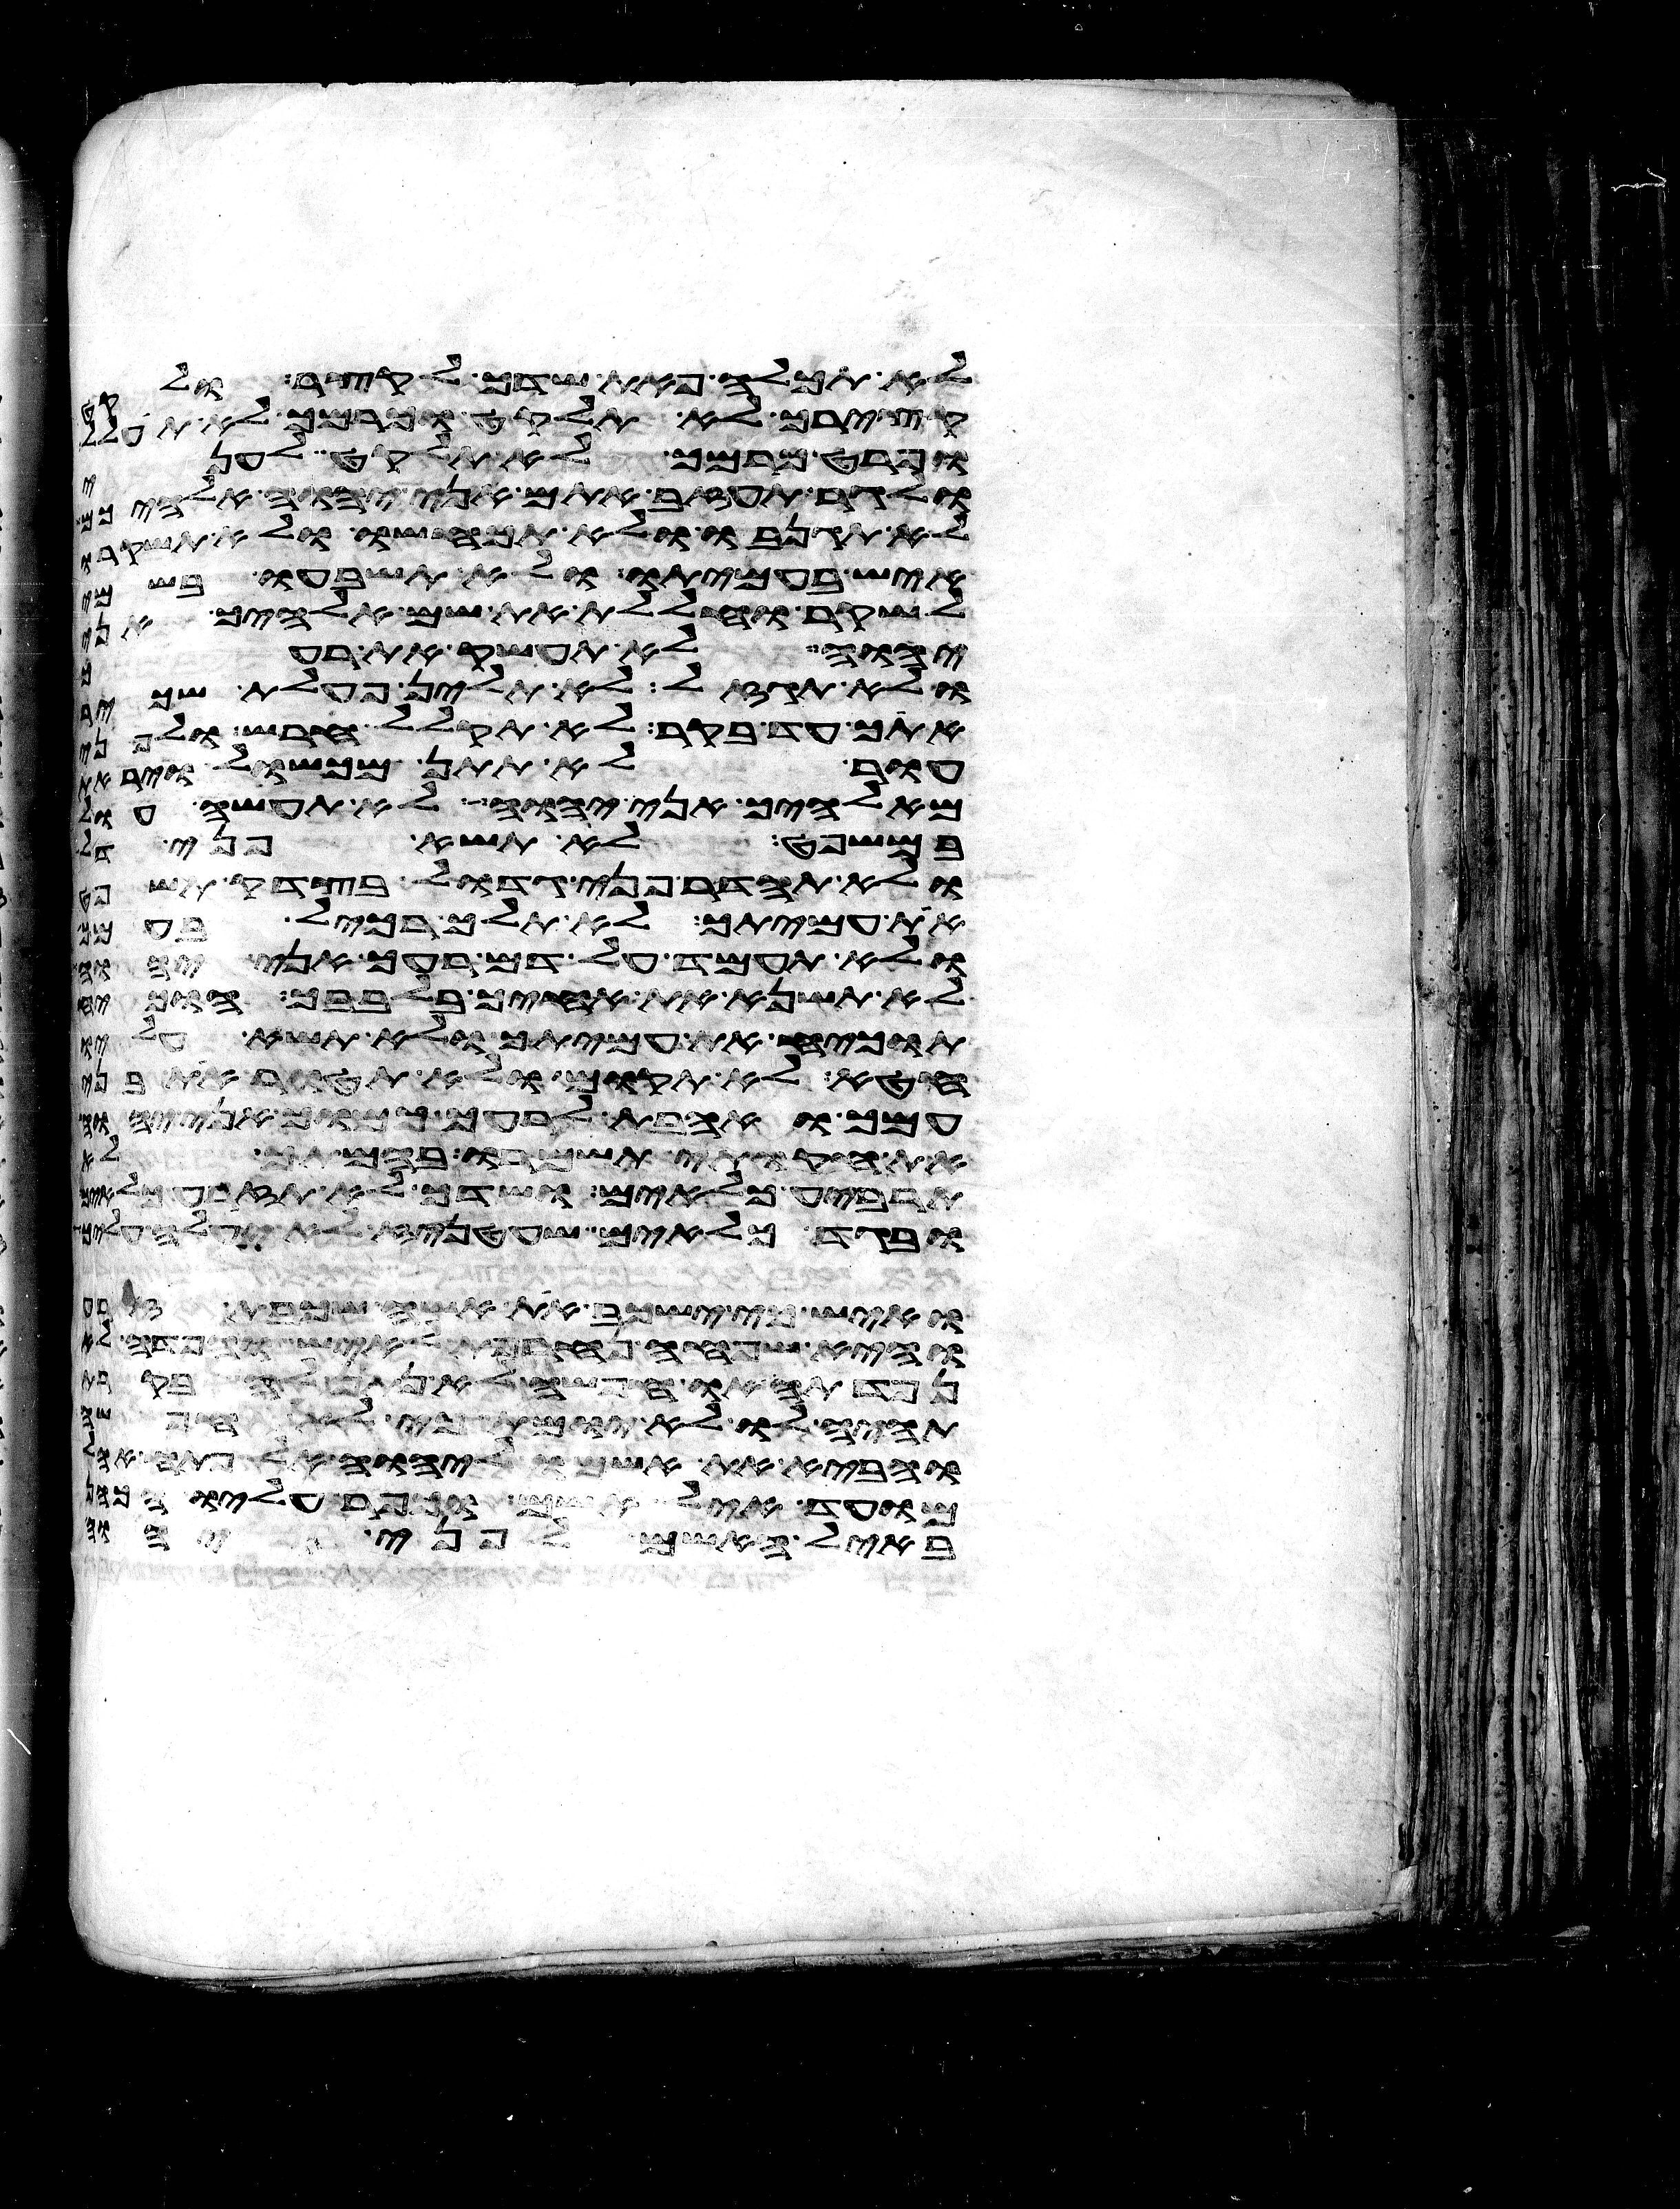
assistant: לא תכלה פאת שדך לקצר ולקט
קצירך לא תלקט וכרמך לא תעולל
ופרט כרמך לא תלקט לעני
ולגר תעזב אתם אני יהוה אלהיכם
לא תגנבו ולא תכחשו ולא תשקרו
איש בעמיתו ולא תשבעו בשמי
לשקר וחללת את שם אלהיך אני
יהוה לא תעשק את רעך
ולא תגזל לא תלין פעלת שכיר
אתך עד בקר לא תקלל חרש ולפני
עור לא תתן מכשול ויראת
מאלהיך אני יהוה לא תעשה עול
במשפט לא תשא פני דל
ולא תהדר פני גדול בצדק תשפט
את עמיתך לא תלך רכיל בעמך
ולא תעמד על דם רעך אני יהוה
לא תשנא את אחיך בלבבך הוכיח
תוכיח את עמיתך ולא תשא עליו
חטא לא תקום ולא תהטר את בני
עמך ואהבת לרעך כמוך אני יהוה
את חקותי תשמרו בהמתך לא
תרביע כלאים ושדך לא תזרע כלאים
ובגד כלאים שעטניז לא יעלה
ואיש כי ישכב את אשה שכבת זרע
והיא שפחה נחרפת לאיש והפדה לא
נפדתה או חפשי לא נתן לה
תהיה לו לא יומת כי לא חפשה
והביא את אשמו ליהוה אל פתח אהל
מועד איל אשם וכפר עליו
באיל האשם לפני יהוה